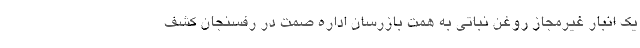
یک انبار غیرمجاز روغن نباتی به همت بازرسان اداره صمت در رفسنجان کشف